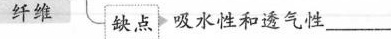
纤维 缺点，吸水性和透气性\underline